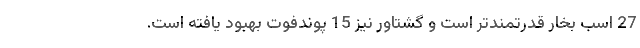
27 اسب بخار قدرتمندتر است و گشتاور نیز 15 پوندفوت بهبود یافته است.